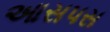
આસપસ